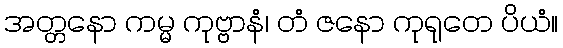
အတ္တနော ကမ္မ ကုဗ္ဗာနံ၊ တံ ဇနော ကုရုတေ ပိယံ။